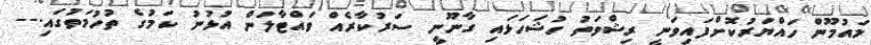
މައުމޫން ހައްޔަރުކޮށްފައިވަނީ ރިޝްވަތު ހުޝަހަޅައި ގާނޫނީ ސަރުކާރެއް ވައްޓާލަން އުޅުނު ކަމުގެ ތުހުމަތުގައި.--